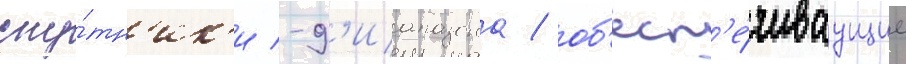
спу́тн'ик'и -д'иапазона / об'есп'е́чиваущие